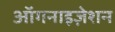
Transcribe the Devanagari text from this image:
ऑगनाइज़ेशन